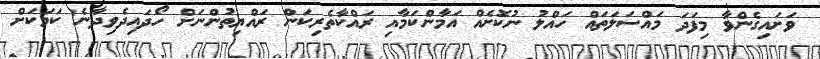
ވަށައިގެންވާ މިފަދަ މައްސަލަތައް ހައްލު ނުކޮށެއް އަމާންކަމާއި ރައްކާތެރިކަން ރައްޔިތުންނަށް ހޯދައިދެވިދާނެ ކަމަކަށް